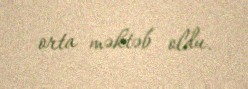
orta məktəb oldu.